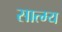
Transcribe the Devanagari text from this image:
सात्म्य